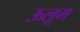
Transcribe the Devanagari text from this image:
ऊलूम